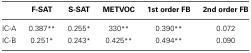
<table><thead><tr><td></td><td><b>F-SAT</b></td><td><b>S-SAT</b></td><td><b>METVOC</b></td><td><b>1st order FB</b></td><td><b>2nd order FB</b></td></tr></thead><tbody><tr><td>IC-A</td><td>0.387<sup>**</sup></td><td>0.255<sup>*</sup></td><td>330<sup>**</sup></td><td>0.390<sup>**</sup></td><td>0.072</td></tr><tr><td>IC-B</td><td>0.251<sup>*</sup></td><td>0.243<sup>*</sup></td><td>0.425<sup>**</sup></td><td>0.494<sup>**</sup></td><td>0.090</td></tr></tbody></table>